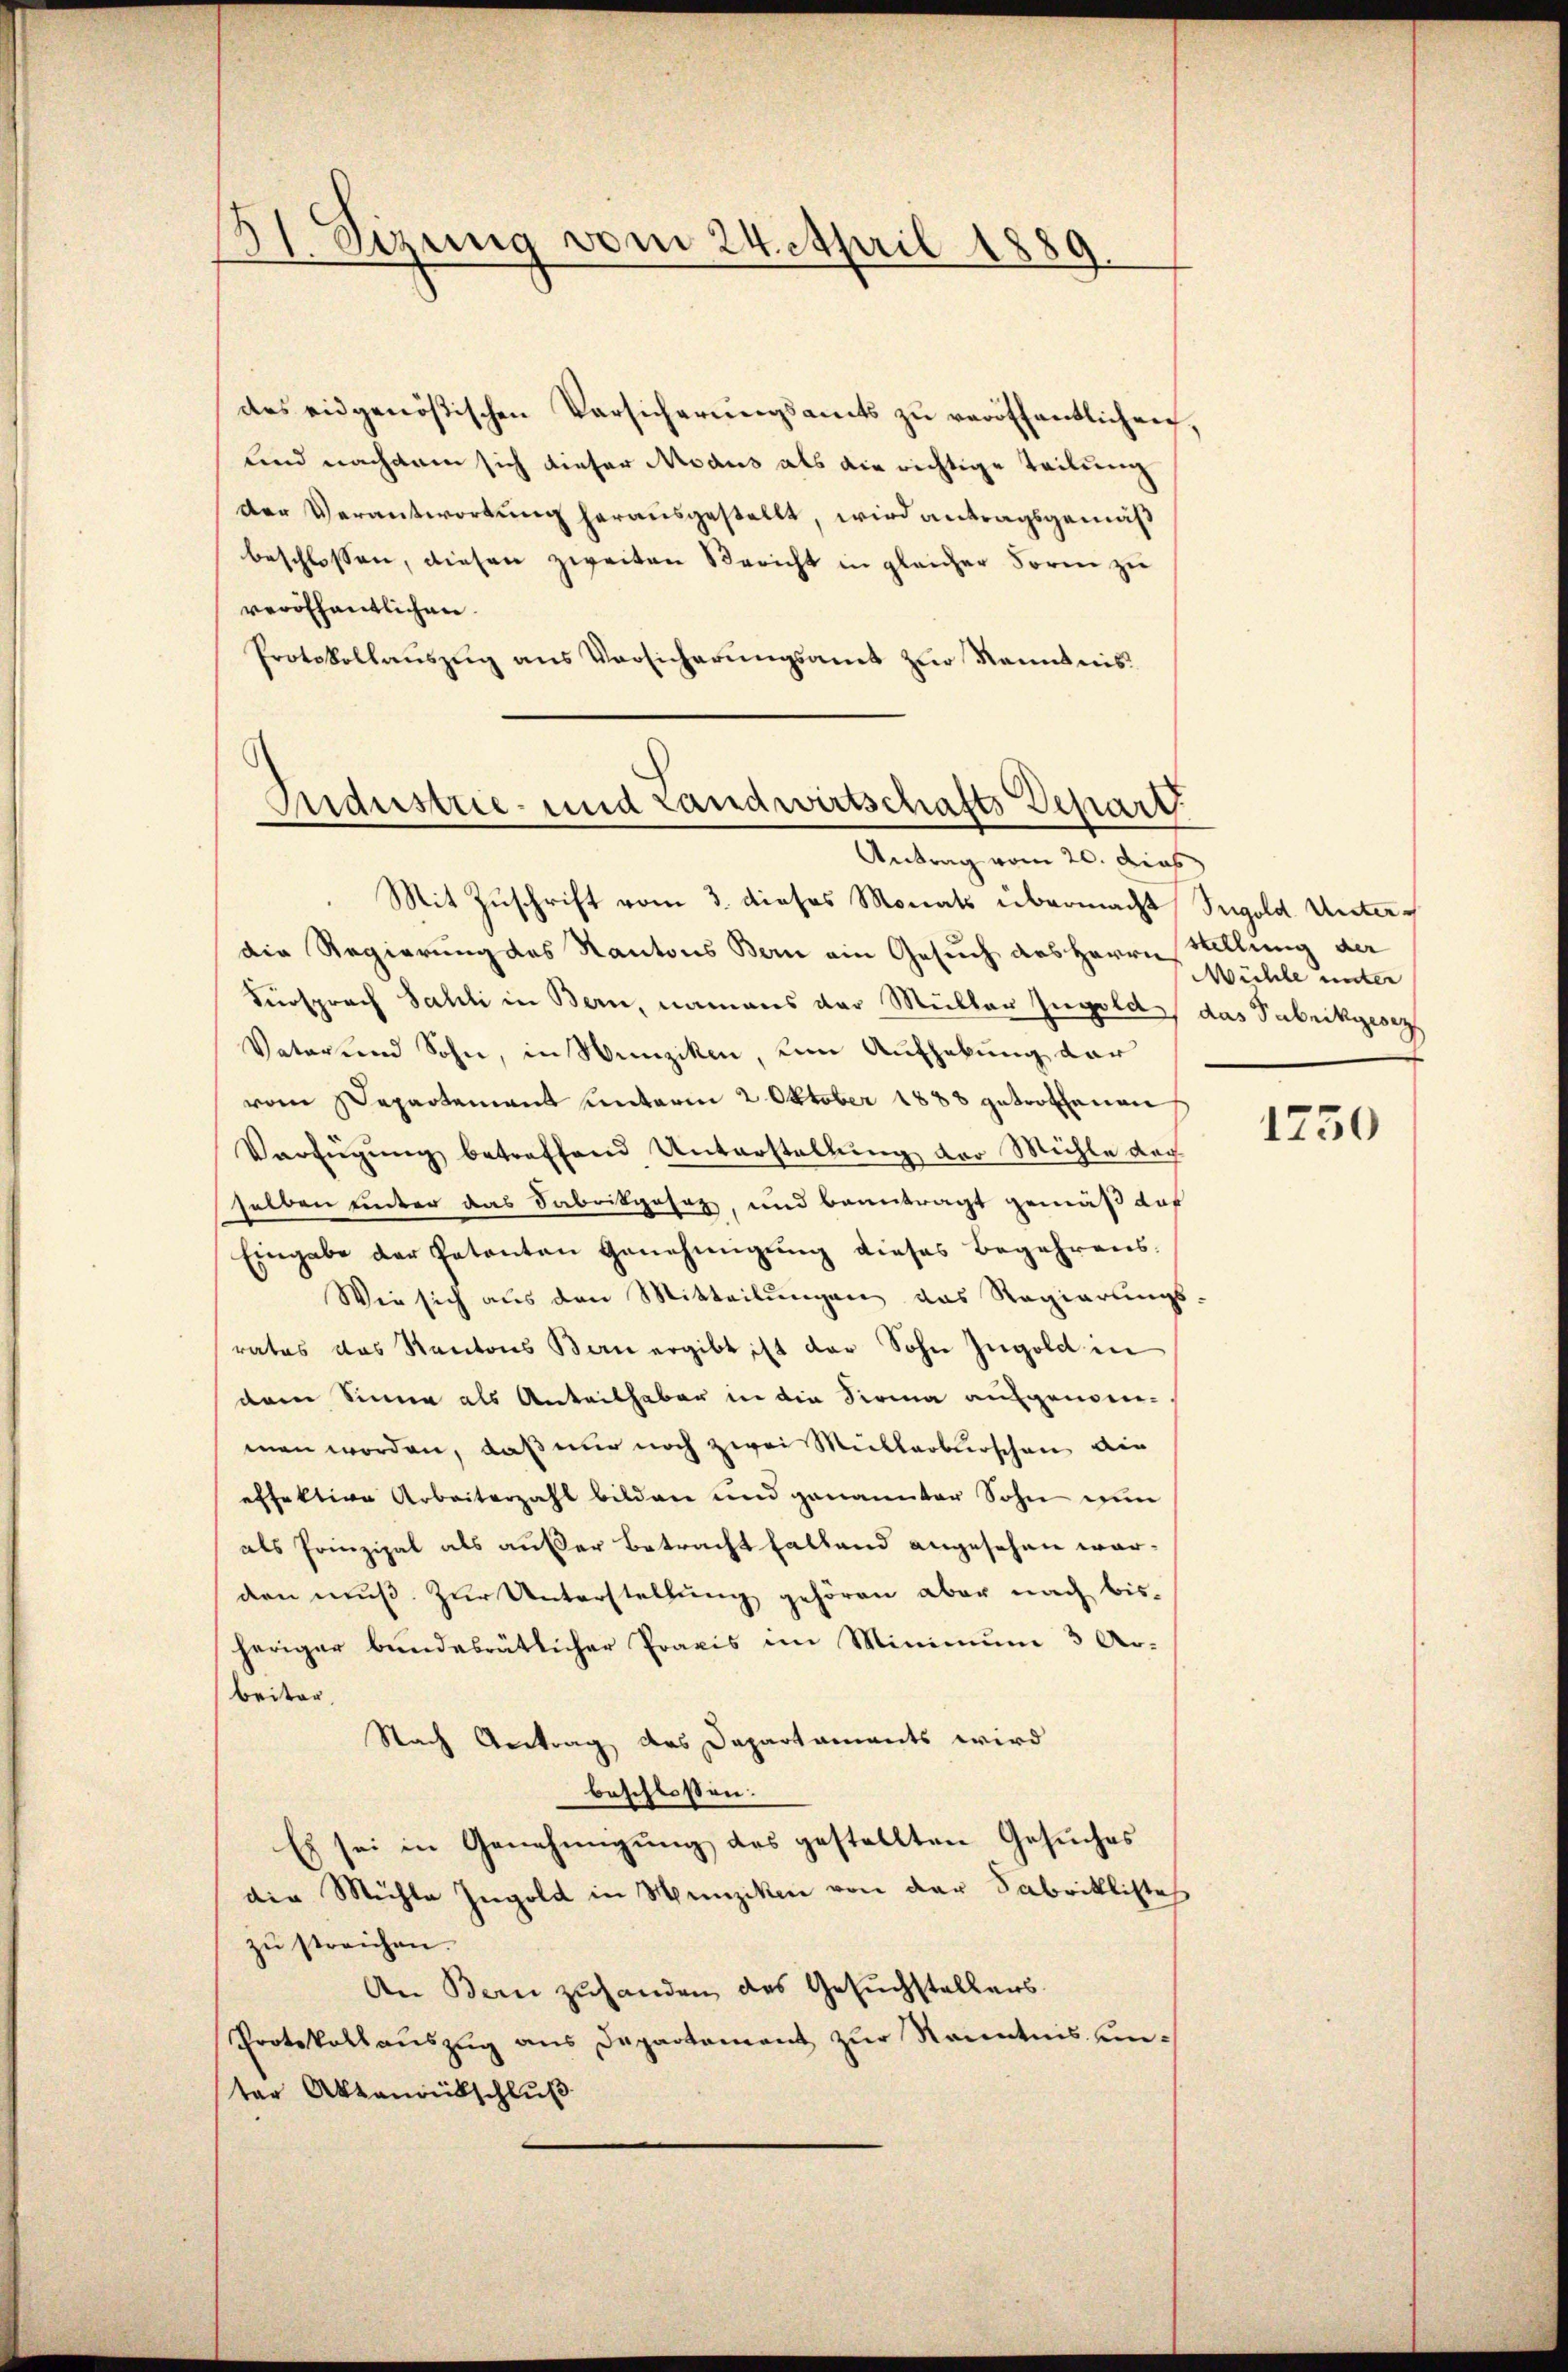
3 Sizung vom 24. April 1889.

des eidgenößischen Versicherungsamts zu veröffentlichen,
und nachdem sich dieser Modus als die richtige Teilung
der Verantwortung herausgestellt, wird antragsgemäß
beschlossen, diesen zweiten Bericht in gleicher Form zu
veröffentlichen.
Protokollaŭszŭg ans Vorsicherŭngsamt zur Kenntnis

Industrie- und Landwirtschafts Depart
Antrag vom 20. dies

Mit Zuschrift vom 3. dieses Monats übermacht Fugold. Unterdie Regierung des Kantons Bern ein Gesuch des Herrn Stellung der
Fürsprach Sahli in Bern, namens der Müller Ingold, das Fabrikgesez
Vater und Sohn, in Wunziken, um Aufhebung der
vom Departement unterm 2. Oktober 1888 getroffenen
Verfügung betreffend Unterstellung der Mühle doch
selben unter das Fabrikgesetz, und beantragt gemäß daf
Eingabe der Patenten Genehmigŭng dieses Begehrens-
Wie sich aus den Mitteilŭngen das Regierŭngs-
rates das Kantons Bern ergibt ist der Sohn Ingold in
dem Sinne als Anteilhaber in die Sirna aufgenommen worden, daß nur noch zwei Müllerblischen die
effektive Arbeiterzahl bilden und genannter Sohn nun
als Prinzipal als außer Betracht fallend angesehen warden muß. Zur Unterstellung gehören aber nach bisheriger bundesrätlicher Praxis im Minimum 3 Ar-
Britag
Nach Antrag des Dapartaments wird
beschloßen:
Es sei in Genehmigung des gestellten Gesuches
die Michler Ingold in Munziken von der Fabriklichtes
zŭ streichen.
An Bern zuhanden des Gesuchstellers.
Protokollauszug aus Departement zur Kenntnis unter Aktenrütschluß

Mühle unter

1750